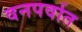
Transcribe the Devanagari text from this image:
वनपर्वात